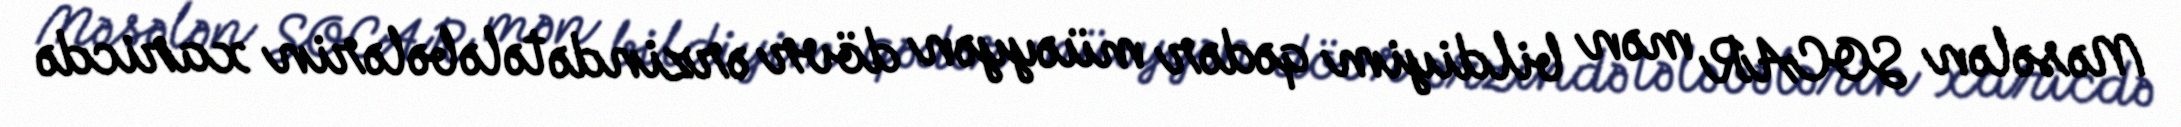
Məsələn SOCAR mən bildiyim qədər müəyyən dövr ərzində tələbələrin xaricdə